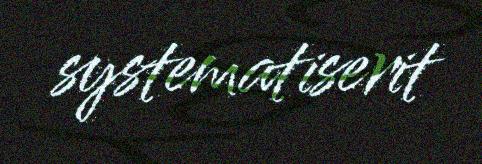
systematiserit